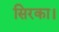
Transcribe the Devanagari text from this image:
सिरका।